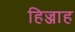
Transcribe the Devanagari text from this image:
हिज्जाह